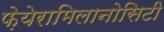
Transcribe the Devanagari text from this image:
फ़ेयेरामिलानोसिटी